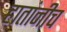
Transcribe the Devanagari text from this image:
हातांनीच